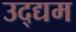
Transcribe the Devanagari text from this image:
उद्द्यम